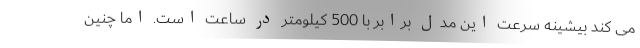
می کند بیشینه سرعت این مدل برابر با 500 کیلومتر در ساعت است. اما چنین